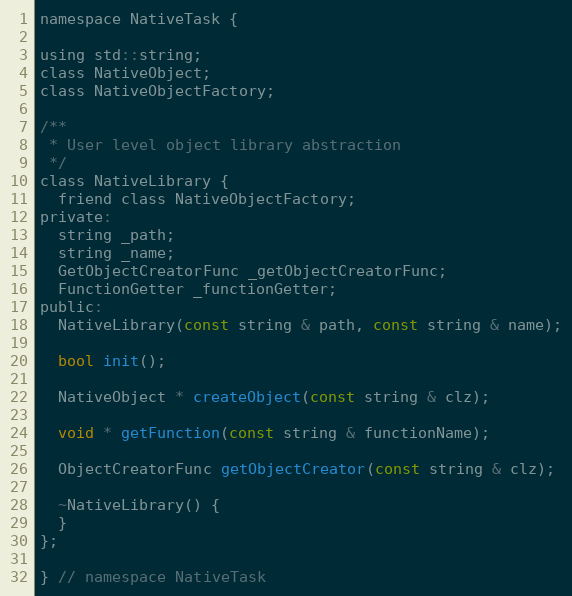
Language: C
namespace NativeTask {

using std::string;
class NativeObject;
class NativeObjectFactory;

/**
 * User level object library abstraction
 */
class NativeLibrary {
  friend class NativeObjectFactory;
private:
  string _path;
  string _name;
  GetObjectCreatorFunc _getObjectCreatorFunc;
  FunctionGetter _functionGetter;
public:
  NativeLibrary(const string & path, const string & name);

  bool init();

  NativeObject * createObject(const string & clz);

  void * getFunction(const string & functionName);

  ObjectCreatorFunc getObjectCreator(const string & clz);

  ~NativeLibrary() {
  }
};

} // namespace NativeTask